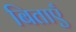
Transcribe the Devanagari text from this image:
बिताएँ